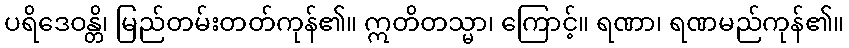
ပရိဒေဝန္တိ၊ မြည်တမ်းတတ်ကုန်၏။ ဣတိတသ္မာ၊ ကြောင့်။ ရဏာ၊ ရဏမည်ကုန်၏။